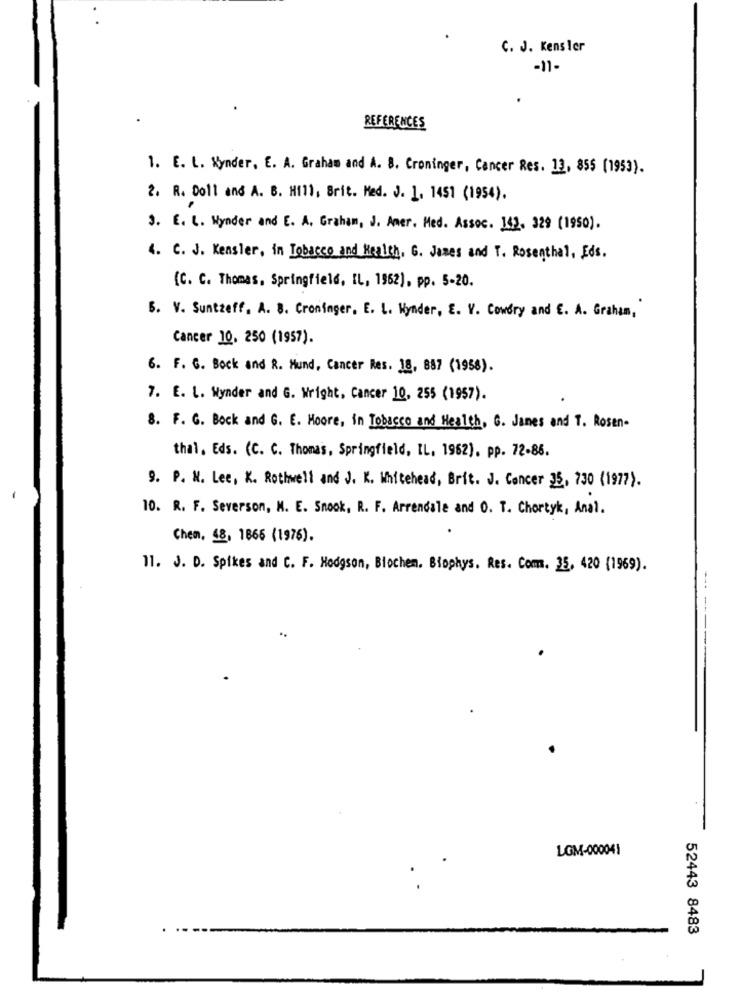
C. J. Kensler
-11-
REFERENCES
1. E. L. Kynder, E. A. Graham and A. B. Croninger, Cancer Res. 13, 855 (1953).
2. R. Doll and A. B. Hill, Brit. Med. J. 1. 1451 (1954).
3. E. L. Hynder and E. A. Graham, J. Amer. Med. Assoc. 142. 329 (1950).
4. C. J. Kensler, in Tobacco and Health, G. James and T. Rosenthal, Eds.
[C. C. Thomas, Springfield, IL, 1962), pp. 5-20.
B. V. Suntreff. A. S. Croninger, E. L. Kynder, E. V. Cowdry and E. A. Graham,
Cancer 10, 250 (1957).
6. F. G. Bock and R. Hund, Cancer Res. 18, 857 (1958).
7. E. L. Wynder and G. Wright, Cancer 10, 255 (1957).
8. F. G. Bock and G. E. Moore, in Tobacco and Health, G. Janes and T. Rosen-
thal. Eds. (C. C. Thomas, Springfield, IL. 1962). pp. 72-86.
9. P. N. Lee, K. Rothwell and J. K. Whitehead, Brit. J. Concer 25, 730 (1977).
10. R. F. Severson, M. E. Snook, R. F. Arrendale and O. T. Chortyk, Anal.
Chen, 18, 1866 (1976).
11. J. D. Spikes and C. F. Hodgson, Biochem. Biophys. Res. Com. 35, 420 (1969).
--------
LGM-000041
52443 8483